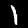
Label: 1